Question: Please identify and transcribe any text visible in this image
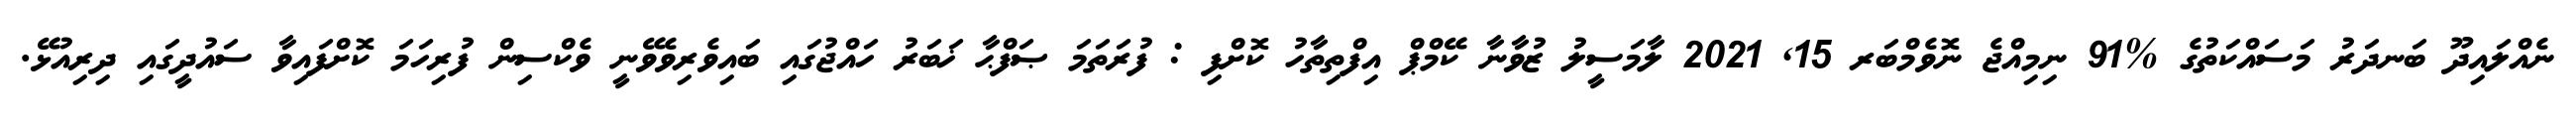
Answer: ނެއްލައިދޫ ބަނދަރު މަސައްކަތުގެ %91 ނިމިއްޖެ ނޮވެމްބަރ 15, 2021 ލާމަސީލު ޒުވާނާ ކޭމްޕް އިފްތިތާހު ކޮށްފި : ފުރަތަމަ ޞަފްޙާ ޚަބަރު ހައްޖުގައި ބައިވެރިވެވޭނީ ވެކްސިން ފުރިހަމަ ކޮށްފައިވާ ސައުދީގައި ދިރިއުޅޭ.